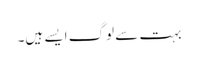
بہت سے لوگ ایسے ہیں۔